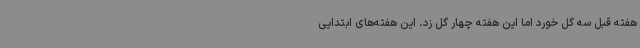
هفته قبل سه گل ‌خورد اما این هفته چهار گل زد. این هفته‌های ابتدایی